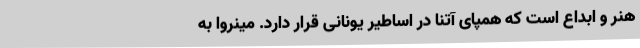
هنر و ابداع است که همپای آتنا در اساطیر یونانی قرار دارد. مینروا به